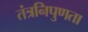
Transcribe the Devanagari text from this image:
तंत्रनिपुणता